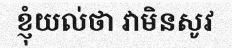
ខ្ញុំយល់ថា វាមិនសូវ